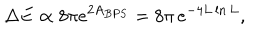
\Delta E \propto 8 \pi e ^ { 2 A _ { B P S } } = 8 \pi \, e ^ { - 4 L \ln L } ,